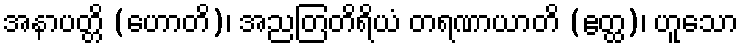
အနာပတ္တိ (ဟောတိ)၊ အညတြတိရိယံ တရဏာယာတိ (ဧတ္ထ)၊ ဟူသော